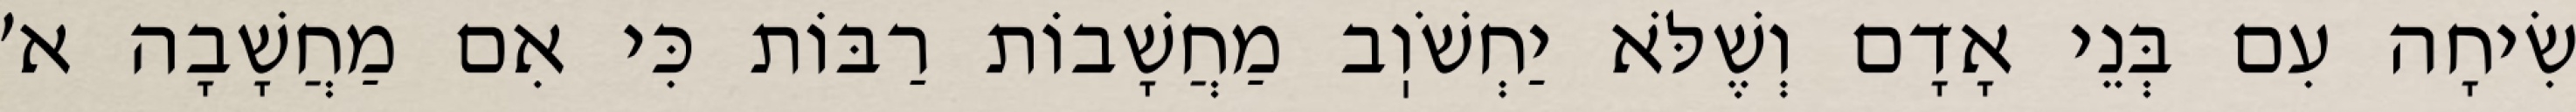
שִׂיחָה עִם בְּנֵי אָדָם וְשֶׁלֹּא יַחְשֹׁוֽב מַחֲשָׁבוֹת רַבּוֹת כִּי אִם מַחֲשָׁבָה א׳